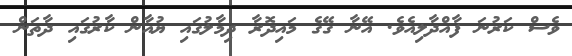
ވެސް ކަރުނަ ފާއްދާލިއެވެ. އޭނާ ގޭގެ މައިދޮރާ ދިމާލުގައި ޔުއާން ކާރުގައި ދާތަން